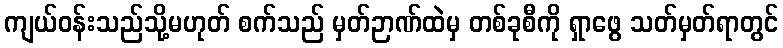
ကျယ်ဝန်းသည်သို့မဟုတ် စက်သည် မှတ်ဉာဏ်ထဲမှ တစ်ခုစီကို ရှာဖွေ သတ်မှတ်ရာတွင်